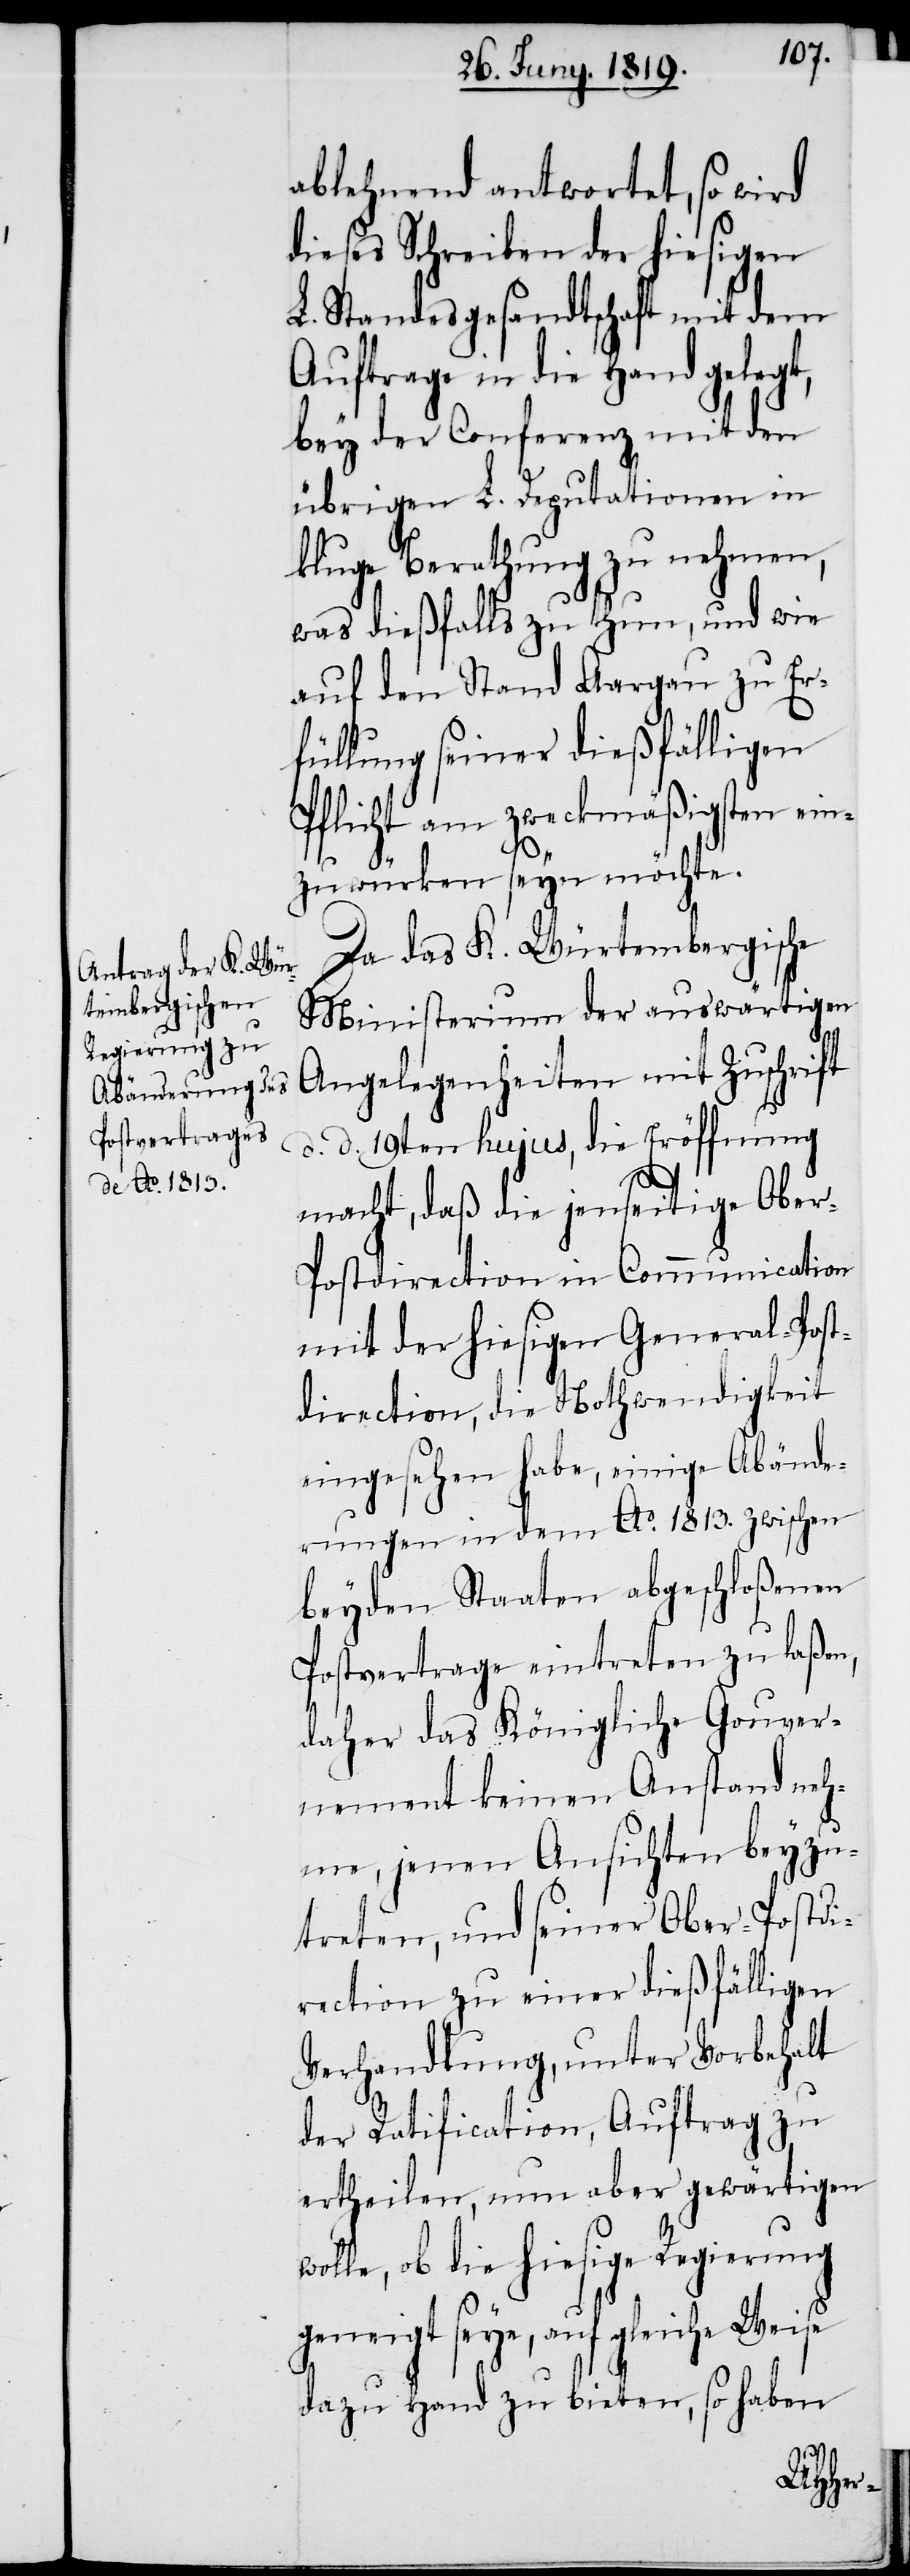
ablehnend antwortet, so wird
dieses Schreiben der hiesigen
L. Standesgesandtschaft mit dem
Auftrage in die Hand gelegt,
bey der Conferenz mit den
übrigen L. Deputationen in
kluge Berathung zu nehmen,
was dießfalls zu thun, und wie
auf den Stand Aargau zu Er¬
füllung seiner dießfälligen
Pflicht am zweckmäßigsten ein¬
zuwürken seyn möchte.
Da das K. Würtembergische
Ministerium der auswärtigen
Angelegenheiten mit Zuschrift
d. d. 19ten hujus, die Eröffnung
macht, daß die jenseitige Obe¬
r-Postdirection in Communication
mit der hiesigen General-Post¬
direction, die Nothwendigteit
eingesehen habe, einige Abände¬
rungen in dem Ao. 1813. zwischen
beyden Staaten abgeschloßenen
Postvertrage eintreten zu laßen,
daher das Königliche Gouver¬
nement keinen Anstand neh¬
me, jenen Ansichten beyzu¬
treten, und seiner Ober-Postdi¬
rection zu einer dießfälligen
Verhandlung, unter Vorbehalt
der Ratification, Auftrag zu
ertheilen, nun aber gewärtigen
wolle, ob die hiesige Regierung
geneigt seye, auf gleiche Weise
dazu Hand zu bieten, so haben